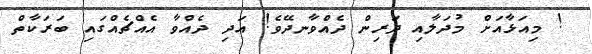
! މިއަޅާއަށް މުދަލާއި ދަރިން ދެއްވާނދޭވެ! އަދި ދެއްވާ އެއްޗެއްގައި ބަރަކާތް